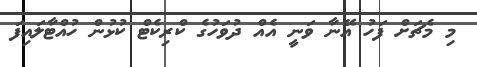
މި މެޗަށް ފަހު އޭނާ ވަނީ އެއް ދުވަހުގެ ކްރިކެޓް ކުޅުން ހުއްޓާލައިފަ